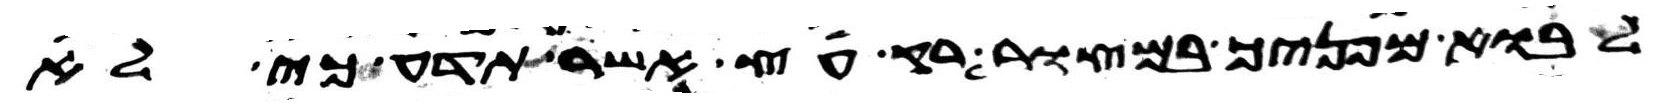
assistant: לבוא מפניך במצור רק עץ אשר תדע כי לא